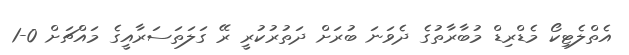
އެތްލެޓިކޯ މެޑްރިޑް މުބާރާތުގެ ދެވަނަ ބުރަށް ދަތުރުކުރީ ރޭ ގަލަތަސަރާއީގެ މައްޗަށް 0-1